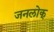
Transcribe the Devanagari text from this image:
जनलोक्